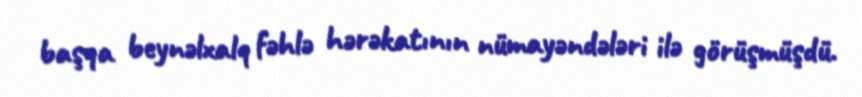
başqa beynəlxalq fəhlə hərəkatının nümayəndələri ilə görüşmüşdü.